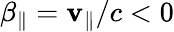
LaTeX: \beta_{\| }=\mathbf{v}_{\| }/c<0